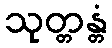
သုတ္တန္တံ